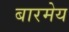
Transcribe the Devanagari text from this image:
बारमेय